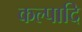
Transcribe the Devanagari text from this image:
कल्पादि